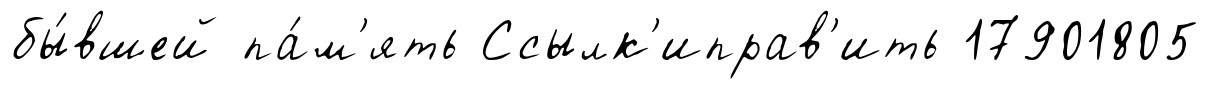
бы́вшей па́м'ять Ссылк'иправ'ить 17901805